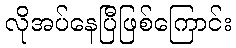
လိုအပ်နေပြီဖြစ်ကြောင်း